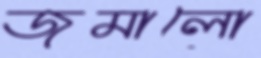
জমালো